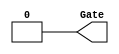
module top_eco(Gate);
  output Gate;
  assign Gate = 1'b0;
endmodule